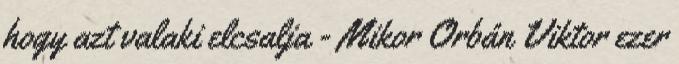
hogy azt valaki elcsalja - Mikor Orbán Viktor ezer